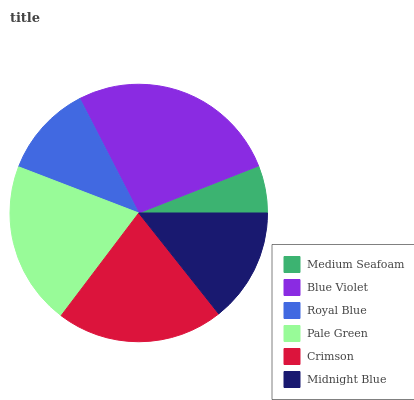
| Medium Seafoam | Blue Violet | Royal Blue | Pale Green | Crimson | Midnight Blue |
 | --- | --- | --- | --- | --- | --- |
 | 5.95% | 26.6% | 11.6% | 20.5% | 21% | 14.3% |